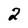
Character: 2